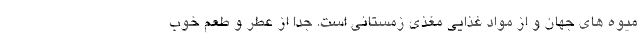
میوه های جهان و از مواد غذایی مغذی زمستانی است. جدا از عطر و طعم خوب